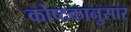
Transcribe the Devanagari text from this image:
कोष्टकानुसार